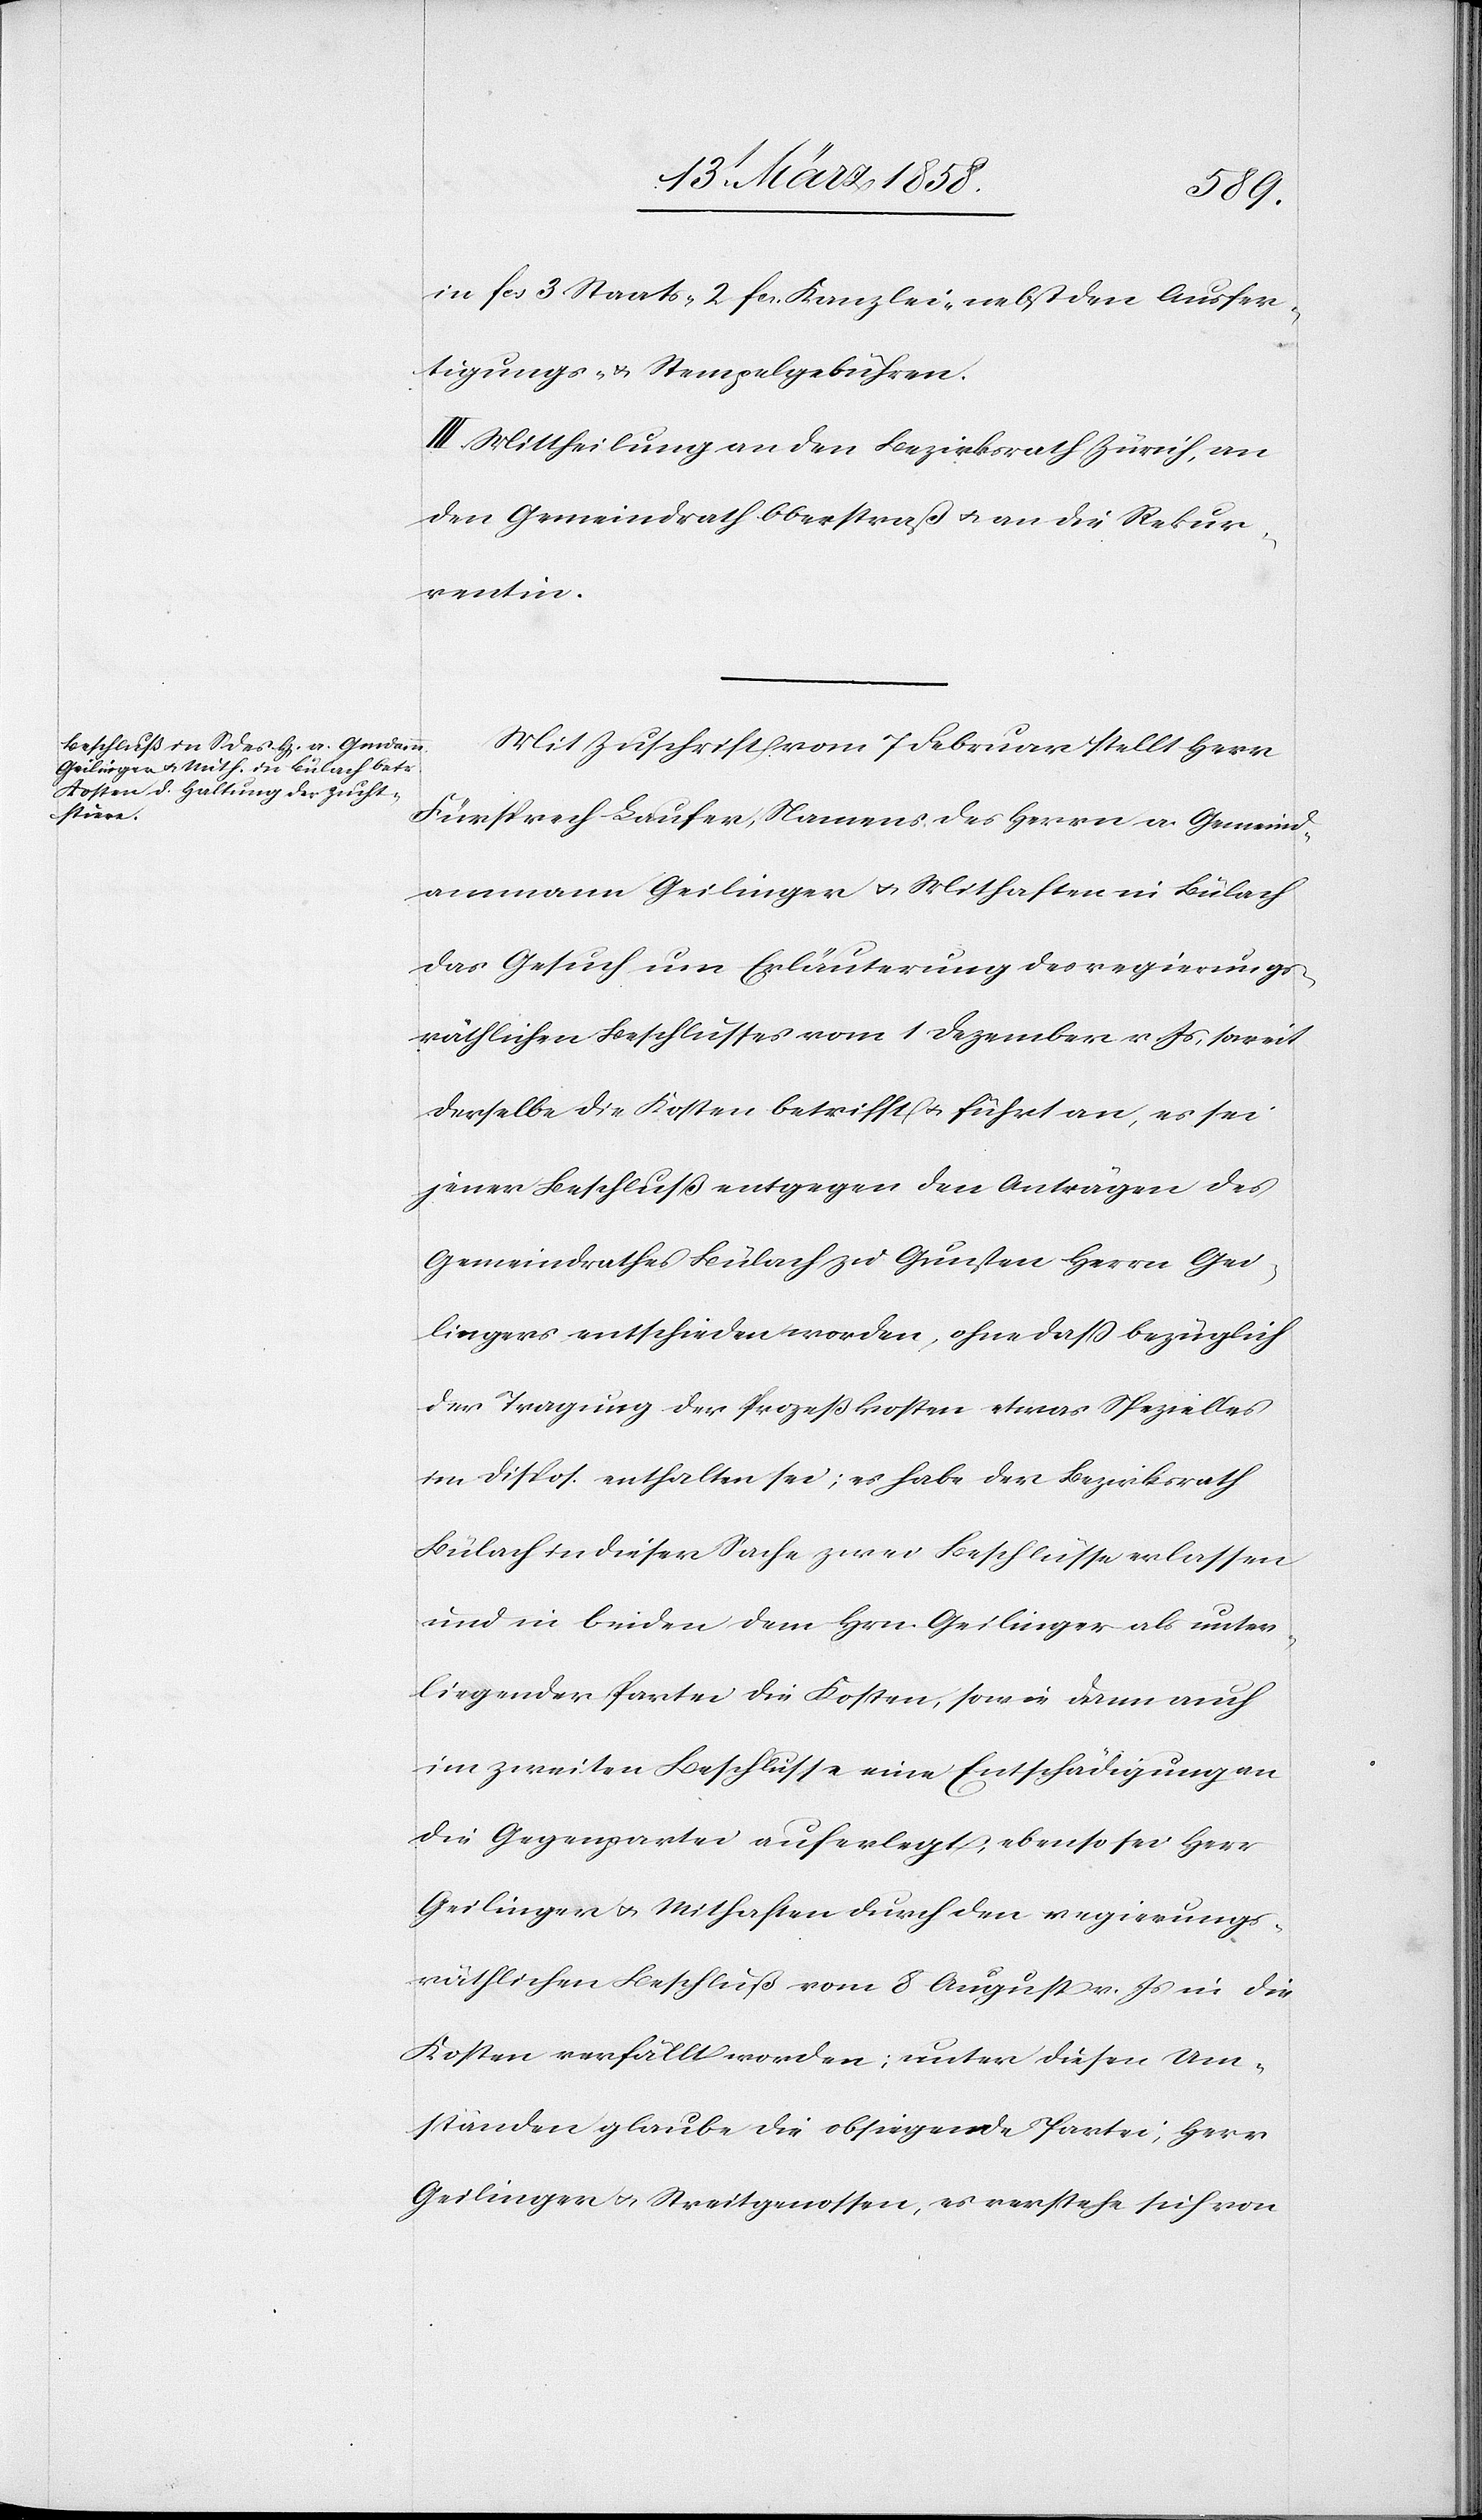
in fcs. 3 Staats-[,] 2 fcs. Kanzlei-[,] nebst den Ausfer¬
tigungs- u. Stempelgebühren.
III. Mittheilung an den Bezirksrath Zürich, an
den Gemeindrath Oberstraß u. an die Rekur¬
rentin.
Mit Zuschrift vom 7. Februar stellt Herr
Fürsprech Laufer, Namens des Herrn a. Gemeind¬
ammann Geilinger u. Mithaften in Bülach
das Gesuch um Erläuterung des regierungs¬
räthlichen Beschlusses vom 1. Dezember v. Js., soweit
derselbe die Kosten betrifft u. führt an, es sei
jener Beschluß entgegen den Anträgen des
Gemeindrathes Bülach zu Gunsten Herrn Gei¬
lingers entschieden worden, ohne daß bezüglich
der Tragung der Prozeßkosten etwas Spezielles
im Dispos. enthalten sei; es habe der Bezirksrath
Bülach in dieser Sache zwei Beschlüsse erlassen
und in beiden dem Hrn. Geilinger als unter¬
liegender Partei die Kosten, sowie dann auch
im zweiten Beschlusse eine Entschädigung an
die Gegenpartei auferlegt; ebenso sei Herr
Geilinger u. Mithaften durch den regierungs¬
räthlichen Beschluß vom 8. August v. Js. in die
Kosten verfällt worden; unter diesen Um¬
ständen glaube die obsiegende Partei, Herr
Geilinger u. Streitgenossen, es verstehe sich von